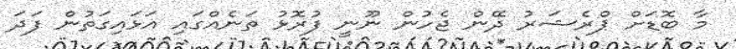
މާ ބޮޑަށް ޕްރެޝަރު ދޭން ޖެހުން ނޫނީ ފުރޮޅު ތަނެއްގައި އަޅައިގަތުން ފަދަ